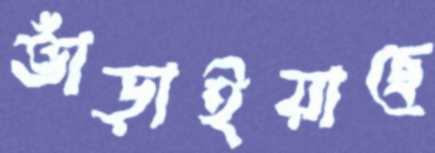
ভাঁড়াইয়াছে